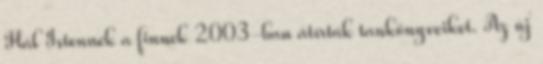
Hál Istennek a finnek 2003-ban átírták tankönyveiket. Az új